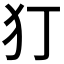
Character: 𭷸